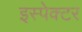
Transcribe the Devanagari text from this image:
इस्पेक्टर